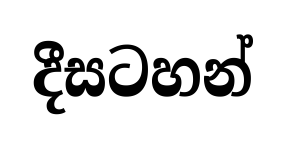
දීසටහන්